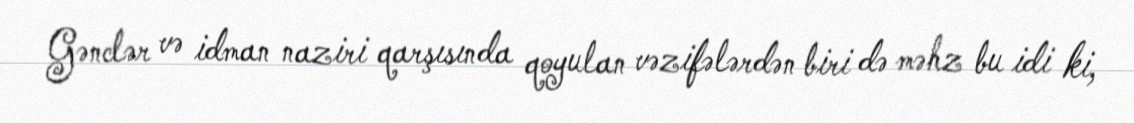
Gənclər və idman naziri qarşısında qoyulan vəzifələrdən biri də məhz bu idi ki,